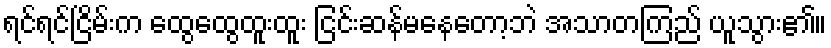
ရင်ရင်ငြိမ်းက ထွေထွေထူးထူး ငြင်းဆန်မနေတော့ဘဲ အသာတကြည် ယူသွား၏။